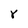
Character: r